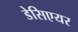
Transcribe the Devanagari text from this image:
डेसिएयर